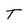
Character: T